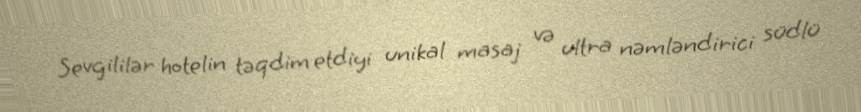
Sevgililər hotelin təqdim etdiyi unikal masaj və ultra nəmləndirici südlü